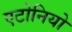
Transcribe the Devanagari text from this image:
एटोनियो